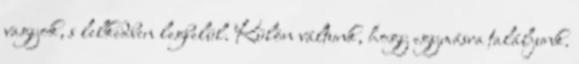
vagyok, s lelkedben legbelül. Külön váltunk, hogy egymásra találjunk.